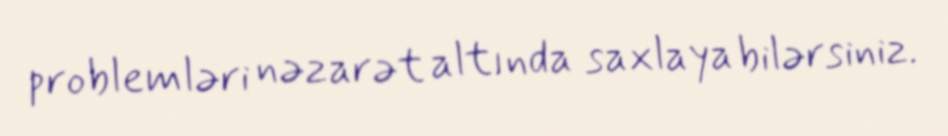
problemləri nəzarət altında saxlaya bilərsiniz.